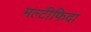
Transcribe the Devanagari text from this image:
मल्टीफिदा